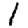
Digit: 1